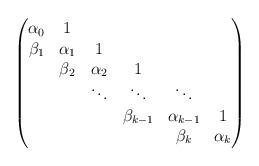
LaTeX: \begin{align*}\begin{pmatrix}\alpha_0&1& & & &\\\beta_1&\alpha_1&1& & & \\ &\beta_2&\alpha_2&1& & \\& & \ddots&\ddots &\ddots & \\& & & \beta_{k-1}&\alpha_{k-1}& 1\\& & & &\beta_k& \alpha_k\end{pmatrix}\end{align*}